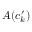
A ( c _ { k } ^ { \prime } )